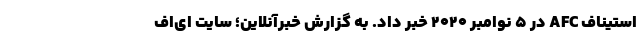
استیناف AFC در ۵ نوامبر ۲۰۲۰ خبر داد. به گزارش خبرآنلاین؛ سایت ای‌اف